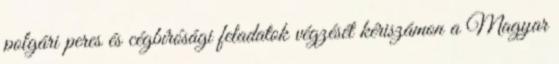
polgári peres és cégbírósági feladatok végzését kériszámon a Magyar